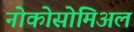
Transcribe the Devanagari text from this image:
नोकोसोमिअल